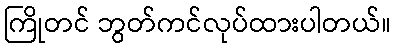
ကြိုတင် ဘွတ်ကင်လုပ်ထားပါတယ်။